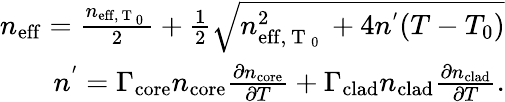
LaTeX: \begin{array}{r}{n_{\mathrm{eff}}=\frac{n_{\mathrm{eff,~T~_0~}}}{2}+\frac{1}{2}\sqrt{n_{\mathrm{eff,~T~_0~}}^{2}+4n^{'}(T-T_{0})}}\\ {n^{'}=\Gamma_{\mathrm{core}}n_{\mathrm{core}}\frac{\partial n_{\mathrm{core}}}{\partial T}+\Gamma_{\mathrm{clad}}n_{\mathrm{clad}}\frac{\partial n_{\mathrm{clad}}}{\partial T}.}\end{array}